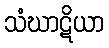
သံဃာဋိယာ